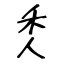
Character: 秂